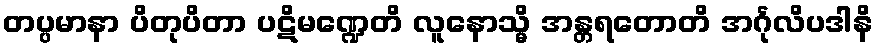
တပ္ပမာနာ ပိတုပိတာ ပဋိမဏ္ဍေတိ လူနောသ္မိ အန္တရတောတိ အင်္ဂုလိပဒါနိ